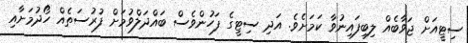
ސިޓީއަށް ޖަވާބެއް ލިބިފައިނުވާ ކަމަށެވެ. އަދި ސިޓީގެ ފަހުންވެސް ބައްދަލްވުމަށް ފުރުސަތެއް ހޯދުމަށާއި